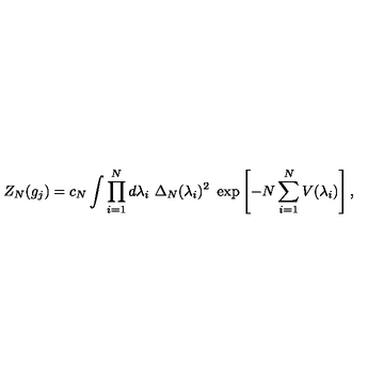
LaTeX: Z _ { N } ( g _ { j } ) = c _ { N } \int \prod _ { i = 1 } ^ { N } d \lambda _ { i } \ \Delta _ { N } ( \lambda _ { i } ) ^ { 2 } \ \exp \left[ - N \sum _ { i = 1 } ^ { N } V ( \lambda _ { i } ) \right] ,